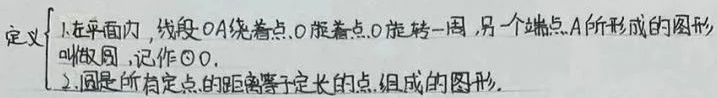
定义
1. 在平面内，线段 \(OA\) 绕着点 \(O\) 旋转一周，另一个端点 \(A\) 所形成的图形叫做圆，记作 \(\odot O\)。
2. 圆是所有到定点的距离等于定长的点组成的图形。